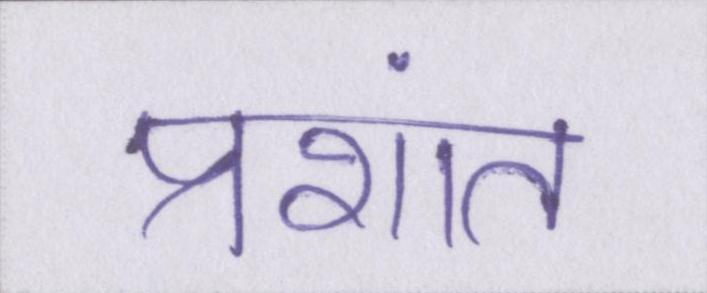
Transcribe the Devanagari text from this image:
प्रशांत